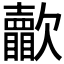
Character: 𣤺